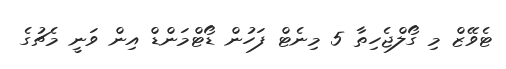
ޓެވޭޒް މި ގޯލްޖެހިތާ 5 މިނެޓް ފަހުން ޑޯޓްމަންޑް އިން ވަނީ މެޗުގެ